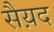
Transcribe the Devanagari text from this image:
सैय़द